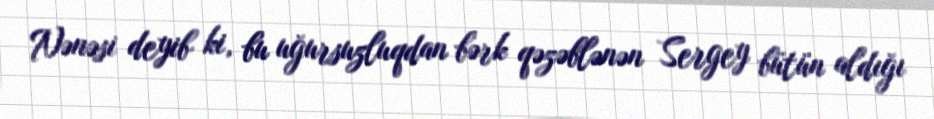
Nənəsi deyib ki, bu uğursuzluqdan bərk qəzəblənən Sergey bütün aldığı